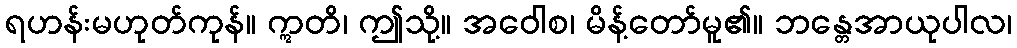
ရဟန်းမဟုတ်ကုန်။ ဣတိ၊ ဤသို့။ အဝေါစ၊ မိန့်တော်မူ၏။ ဘန္တေအာယုပါလ၊